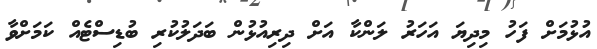
އުޅުމަށް ފަހު މިދިޔަ އަހަރު ލަންކާ އަށް ދިރިއުޅުން ބަދަލުކުރި ބުޑިސްޓެއް ކަމަށްވާ